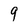
Character: 9